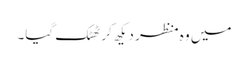
میں وہ منظر دیکھ کر ٹھٹک گیا۔